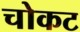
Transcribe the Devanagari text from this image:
चोकट